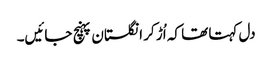
دل کہتا تھا کہ اُڑ کر انگلستان پہنچ جائیں۔